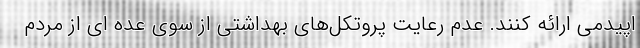
اپیدمی ارائه کنند. عدم رعایت پروتکل‌های بهداشتی از سوی عده ای از مردم